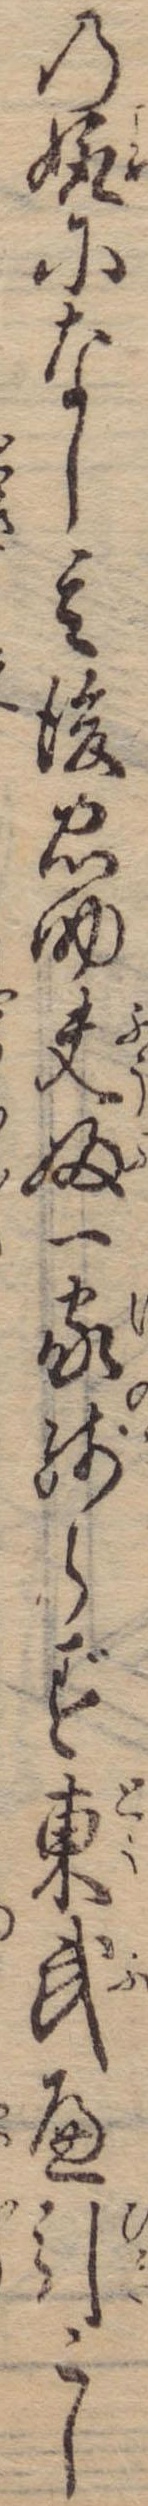
の娵になし其後忠助夫婦一家残らず東武へ引こし